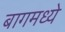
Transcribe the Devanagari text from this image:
बागमध्ये